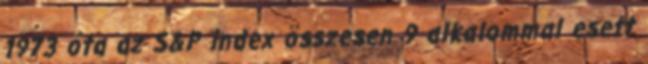
1973 óta az S&P index összesen 9 alkalommal esett